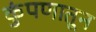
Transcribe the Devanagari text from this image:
कुंपणातून